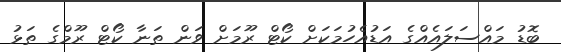
ބޮޑު މައްސަލައެއްގެ އަޑުއެހުމަކަށް ކޯޓް ރޫމަށް ވަން ތަނާ ކޯޓް ރޫމްގެ ތަޅު